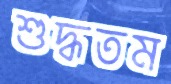
শুদ্ধতম